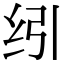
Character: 纼